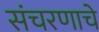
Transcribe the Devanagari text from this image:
संचरणाचे